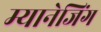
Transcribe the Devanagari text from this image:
म्यानेजिंग